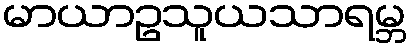
မာယာဥသူယသာရမ္ဘ